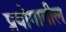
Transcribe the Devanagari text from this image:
प्रयोगातील